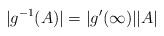
LaTeX: \begin{align*} |g^{-1}(A)| = |g'(\infty)| |A| \end{align*}